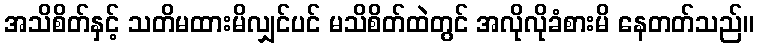
အသိစိတ်နှင့် သတိမထားမိလျှင်ပင် မသိစိတ်ထဲတွင် အလိုလိုခံစားမိ နေတတ်သည်။